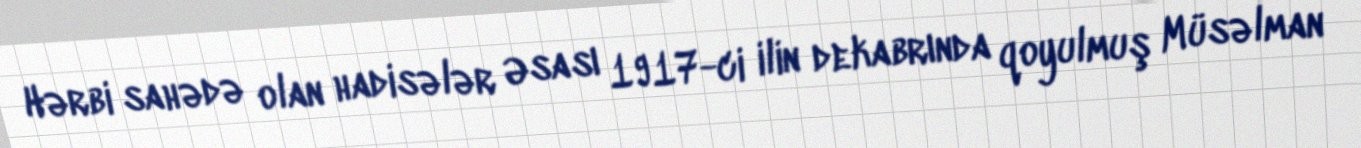
Hərbi sahədə olan hadisələr Əsası 1917-ci ilin dekabrında qoyulmuş Müsəlman